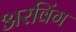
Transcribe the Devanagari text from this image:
अरविंग